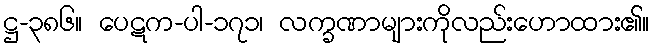
ဋ္ဌ-၃၈၆။ ပေဋက-ပါ-၁၇၁၊ လက္ခဏာများကိုလည်းဟောထား၏။